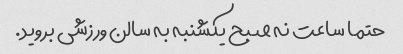
حتما ساعت نه صبح یکشنبه به سالن ورزشی بروید.